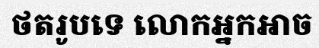
ថតរូបទេ លោកអ្នកអាច